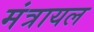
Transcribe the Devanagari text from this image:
मंत्रायल